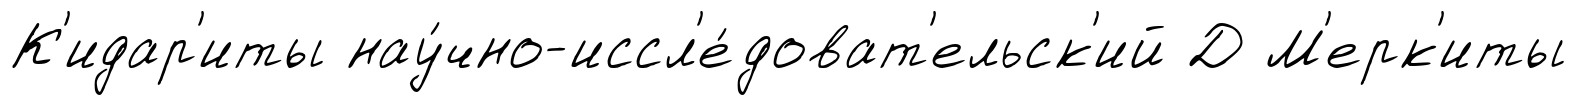
К'идар'иты нау́чно-иссл'е́доват'ельск'ий Д М'ерк'иты